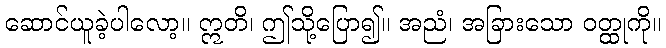
ဆောင်ယူခဲ့ပါလော့။ ဣတိ၊ ဤသို့ပြော၍။ အညံ၊ အခြားသော ဝတ္ထုကို။